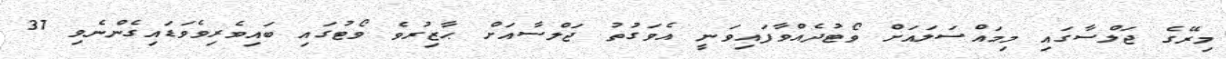
މިރޭގެ ޖަލްސާގައި މިމައްސަލައަށް ވޯޓުދެއްވާފައިވަނީ އެވަގުތު ޖަލްސާއަށް ޙާޒިރުވެ ވޯޓުގައި ބައިވެރިވެވަޑައިގެންނެވި 37